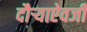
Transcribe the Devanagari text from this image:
दौर्‍याऐवजी